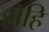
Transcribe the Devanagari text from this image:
होहि